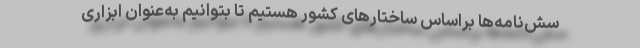
سش‌نامه‌ها براساس ساختارهای کشور هستیم تا بتوانیم به‌عنوان ابزاری